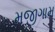
મજીગામ